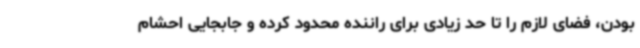
بودن، فضای لازم را تا حد زیادی برای راننده محدود کرده و جابجایی احشام